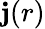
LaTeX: \mathbf j(r)